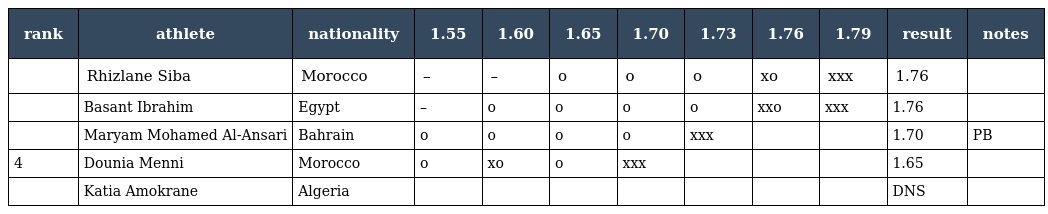
| rank | athlete | nationality | 1.55 | 1.60 | 1.65 | 1.70 | 1.73 | 1.76 | 1.79 | result | notes |
 | --- | --- | --- | --- | --- | --- | --- | --- | --- | --- | --- | --- |
 |  | Rhizlane Siba | Morocco | – | – | o | o | o | xo | xxx | 1.76 |  |
 |  | Basant Ibrahim | Egypt | – | o | o | o | o | xxo | xxx | 1.76 |  |
 |  | Maryam Mohamed Al-Ansari | Bahrain | o | o | o | o | xxx |  |  | 1.70 | PB |
 | 4 | Dounia Menni | Morocco | o | xo | o | xxx |  |  |  | 1.65 |  |
 |  | Katia Amokrane | Algeria |  |  |  |  |  |  |  | DNS |  |